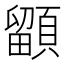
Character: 𩔲